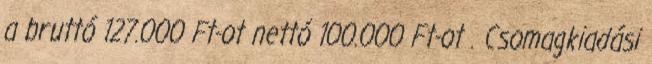
a bruttó 127.000 Ft-ot nettó 100.000 Ft-ot . Csomagkiadási